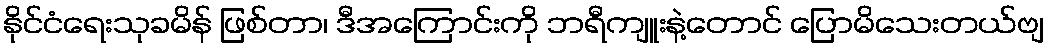
နိုင်ငံရေးသုခမိန် ဖြစ်တာ၊ ဒီအကြောင်းကို ဘရီကျူးနဲ့တောင် ပြောမိသေးတယ်ဗျ